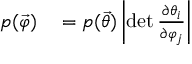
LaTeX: \begin{array} { r l } { p ( { \vec { \varphi } } ) } & { { } = p ( { \vec { \theta } } ) \left| \operatorname* { d e t } { \frac { \partial \theta _ { i } } { \partial \varphi _ { j } } } \right| } \end{array}